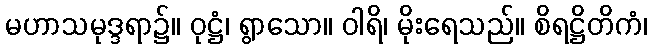
မဟာသမုဒ္ဒရာ၌။ ဝုဋ္ဌံ၊ ရွာသော။ ဝါရိ၊ မိုးရေသည်။ စိရဋ္ဌိတိကံ၊